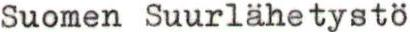
Suomen Suurlähetystö